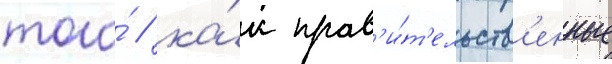
того́ / ка́к прав'и́т'ельств'енные